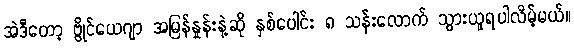
အဲဒီတော့ ဗွိုင်ယေဂျာ အမြန်နှုန်းနဲ့ဆို နှစ်ပေါင်း ၈ သန်းလောက် သွားယူရပါလိမ့်မယ်။